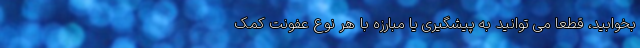
بخوابید، قطعاً می توانید به پیشگیری یا مبارزه با هر نوع عفونت کمک